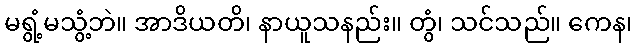
မရွံ့မသွံ့ဘဲ။ အာဒိယတိ၊ နာယူသနည်း။ တွံ၊ သင်သည်။ ကေန၊